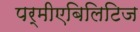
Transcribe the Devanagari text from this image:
पर्मीएबिलिटिज